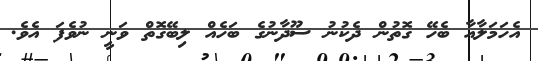
އެހަމަލާއާ ބެހޭ ގޮތުން ދެކުނު ސޫދާނުގެ ބަހެއް ލިބޭގޮތް ވަނީ ނުވެފަ އެވެ.